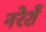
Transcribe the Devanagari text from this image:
नरेशें